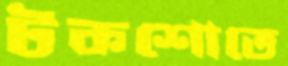
টকশোতে